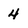
Character: 4